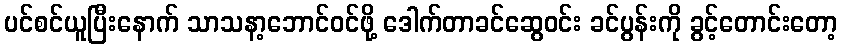
ပင်စင်ယူပြီးနောက် သာသနာ့ဘောင်ဝင်ဖို့ ဒေါက်တာခင်ဆွေဝင်း ခင်ပွန်းကို ခွင့်တောင်းတော့